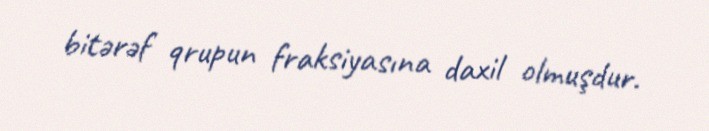
bitərəf qrupun fraksiyasına daxil olmuşdur.